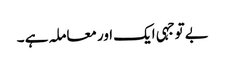
بے توجہی ایک اور معاملہ ہے ۔